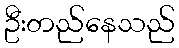
ဦးတည်နေသည်